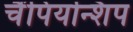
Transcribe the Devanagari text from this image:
चैंपियन्शिप